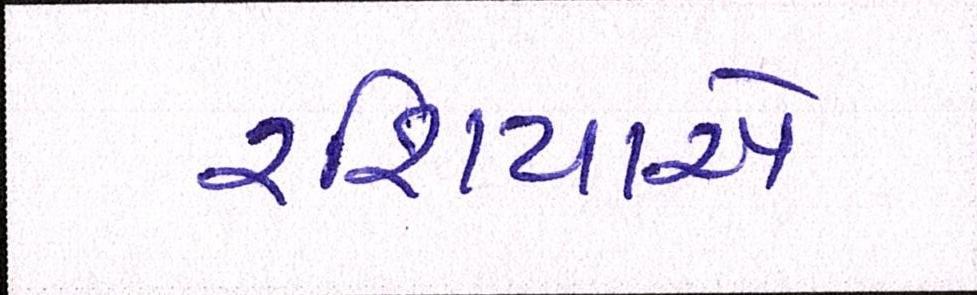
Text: રશિયાએ